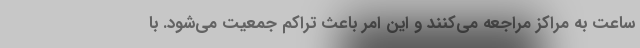
ساعت به مراکز مراجعه می‌کنند و این امر باعث تراکم جمعیت می‌شود. با